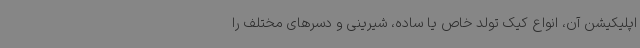
اپلیکیشن آن، انواع کیک تولد خاص یا ساده، شیرینی و دسرهای مختلف را